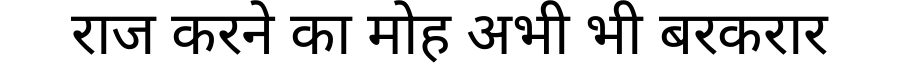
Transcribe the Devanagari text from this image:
राज करने का मोह अभी भी बरकरार